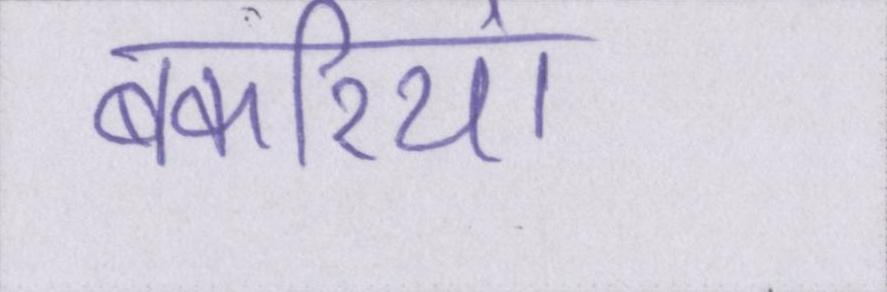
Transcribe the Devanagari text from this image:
बकरियां